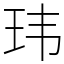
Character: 玮